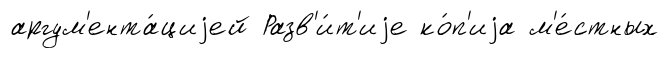
аргум'ента́циjей Разв'и́т'иjе ко́п'иjа м'е́стных